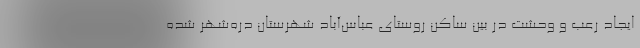
ایجاد رعب و وحشت در بین ساکن روستای عباس‌آباد شهرستان دره‌شهر شده‌